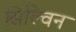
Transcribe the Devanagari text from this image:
सिल्विन